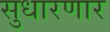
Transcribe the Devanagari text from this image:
सुधारणार